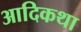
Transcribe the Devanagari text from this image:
आदिकथा